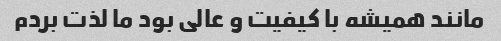
مانند همیشه با کیفیت و عالی بود ما لذت بردم